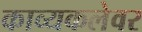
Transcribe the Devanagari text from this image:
काव्यकलेवर